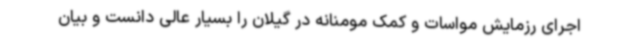
اجرای رزمایش مواسات و کمک مومنانه در گیلان را بسیار عالی دانست و بیان